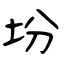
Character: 坋